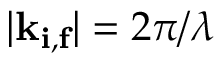
| \mathbf { k } _ { \mathbf { i , f } } | = 2 \pi / \lambda